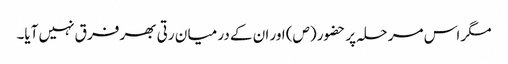
مگر اس مر حلہ پر حضور (ص) اور ان کے در میا ن رتی بھر فر ق نہیں آیا۔